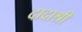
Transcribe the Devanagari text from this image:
दादाश्री